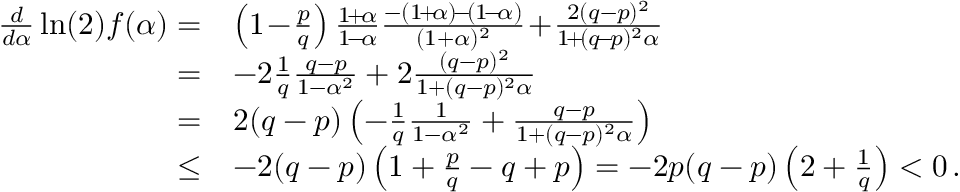
\begin{array} { r l } { \frac { d } { d \alpha } \ln ( 2 ) f ( \alpha ) = } & { \left( 1 \! - \! \frac { p } { q } \right) \frac { 1 \! + \! \alpha } { 1 \! - \! \alpha } \frac { - ( 1 \! + \! \alpha ) \! - \! ( 1 \! - \! \alpha ) } { ( 1 + \alpha ) ^ { 2 } } \! + \! \frac { 2 ( q - p ) ^ { 2 } } { 1 \! + \! ( q \! - \! p ) ^ { 2 } \alpha } } \\ { = } & { - 2 \frac { 1 } { q } \frac { q - p } { 1 - \alpha ^ { 2 } } + 2 \frac { ( q - p ) ^ { 2 } } { 1 + ( q - p ) ^ { 2 } \alpha } } \\ { = } & { 2 ( q - p ) \left( - \frac { 1 } { q } \frac { 1 } { 1 - \alpha ^ { 2 } } + \frac { q - p } { 1 + ( q - p ) ^ { 2 } \alpha } \right) } \\ { \le } & { - 2 ( q - p ) \left( 1 + \frac { p } { q } - q + p \right) = - 2 p ( q - p ) \left( 2 + \frac { 1 } { q } \right) < 0 \, . } \end{array}